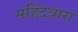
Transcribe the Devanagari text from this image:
महिंदवारा